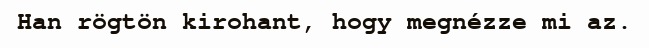
Han rögtön kirohant, hogy megnézze mi az.